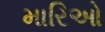
મારિઓ